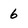
Character: 6